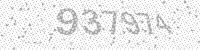
Solution: 937974